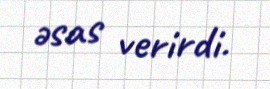
əsas verirdi.